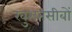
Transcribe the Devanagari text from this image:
खुशनसीबों